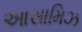
આસામિઝ